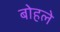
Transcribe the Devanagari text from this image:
बोहले